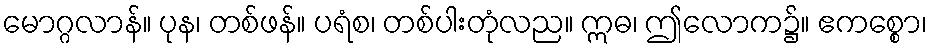
မောဂ္ဂလာန်။ ပုန၊ တစ်ဖန်။ ပရံစ၊ တစ်ပါးတုံလည။ ဣဓ၊ ဤလောက၌။ ဧကစ္စော၊